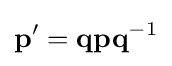
\mathbf {p'} =\mathbf {q} \mathbf {p} \mathbf {q} ^{-1}